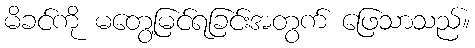
မိခင်ကို မတွေ့မြင်ရခြင်းအတွက် ဖြေသာသည်။